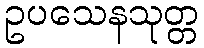
ဥပသေနသုတ္တ